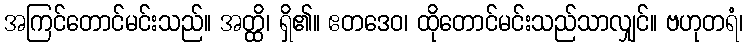
အကြင်တောင်မင်းသည်။ အတ္ထိ၊ ရှိ၏။ ဧတဒေဝ၊ ထိုတောင်မင်းသည်သာလျှင်။ ဗဟုတရံ၊